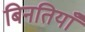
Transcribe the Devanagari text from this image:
बिनतियाँ